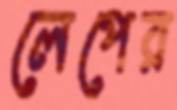
লেপের